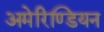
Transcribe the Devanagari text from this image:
अमेरिण्डियन